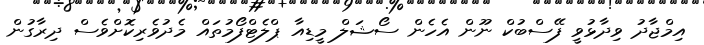
އިމްޖާދު ވިދާޅުވީ ފޭސްބުކް ނޫން އެހެން ސޯޝަލް މީޑިއާ ޕްލެޓްފޯމުތައް މެދުވެރިކޮށްވެސް ދިރާގުން